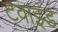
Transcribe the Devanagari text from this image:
ट्वाइंड